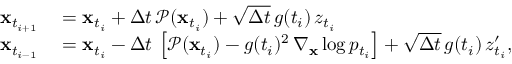
\begin{array} { r l } { \mathbf { x } _ { t _ { i + 1 } } } & { { } = \mathbf { x } _ { t _ { i } } + \Delta t \, \mathcal { P } ( \mathbf { x } _ { t _ { i } } ) + \sqrt { \Delta t } \, g ( t _ { i } ) \, z _ { t _ { i } } } \\ { \mathbf { x } _ { t _ { i - 1 } } } & { { } = \mathbf { x } _ { t _ { i } } - \Delta t \, \left[ \mathcal { P } ( \mathbf { x } _ { t _ { i } } ) - g ( t _ { i } ) ^ { 2 } \, \nabla _ { \mathbf { x } } \log p _ { t _ { i } } \right] + \sqrt { \Delta t } \, g ( { t _ { i } } ) \, z _ { t _ { i } } ^ { \prime } , } \end{array}